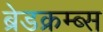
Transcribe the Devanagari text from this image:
ब्रेडक्रम्ब्स